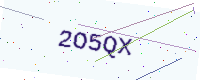
Text: 2O5QX